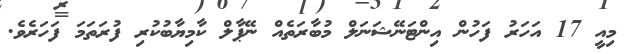
މިއީ 17 އަހަރު ފަހުން އިންޓަނޭޝަނަލް މުބާރަތެއް ނޭޕާލް ކާމިޔާބުކުރި ފުރަތަމަ ފަހަރެެވެ.